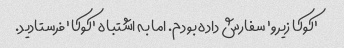
'کوکا زیرو' سفارش داده بودم. اما به اشتباه 'کوکا' فرستادید.